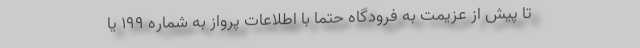
تا پیش از عزیمت به فرودگاه حتماً با اطلاعات پرواز به شماره ۱۹۹ یا